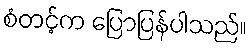
စံတင့်က ပြောပြန်ပါသည်။